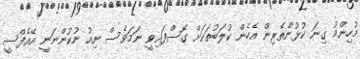
މުހިންމު ގިނަ ކުޅުންތެރިން އެހެން ކުލަބުތަކަށް ގޮސްފައިވީ ނަމަވެސް ނިއު ނުކުންނަނީ އޭއެފްސީ